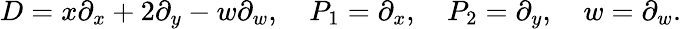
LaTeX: D=x\partial_{x}+2\partial_{y}-w\partial_{w},\quad P_{1}=\partial_{x},\quad P_{2}=\partial_{y},\quad w=\partial_{w}.